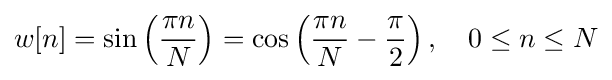
w[n]=\sin \left({\frac {\pi n}{N}}\right)=\cos \left({\frac {\pi n}{N}}-{\frac {\pi }{2}}\right),\quad 0\leq n\leq N